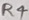
Text: R4